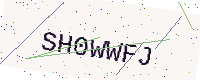
Text: SH0WWFJ